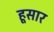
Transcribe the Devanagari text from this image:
हूसार